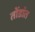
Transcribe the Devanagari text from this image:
तोंडांत